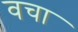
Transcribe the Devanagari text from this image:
वचा